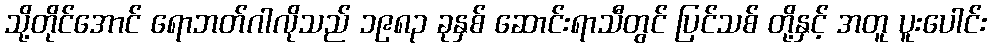
သို့တိုင်အောင် ရောဘတ်ဂါလိုသည် ၁၉၈၃ ခုနှစ် ဆောင်းရာသီတွင် ပြင်သစ် တို့နှင့် အတူ ပူးပေါင်း